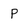
Character: p